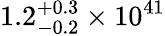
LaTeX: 1.2_{-0.2}^{+0.3}\times 10^{41}